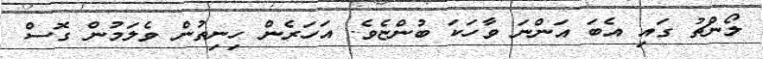
ލޯންޗު ގައި އެބަ އަންނަ ވާހަކަ ބުންޏެވެ. އަހަރެން ހިނިތުން ވެލަމުން ގޮސް